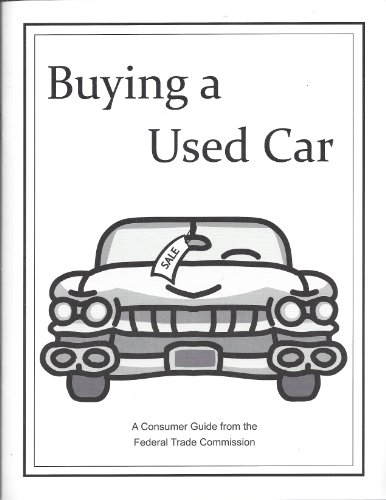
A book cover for Buying a Used Car : A Consumer Guide From the Federal Trade Commission; Federal Trade Commission; Engineering & Transportation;